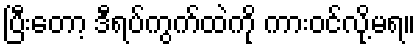
ပြီးတော့ ဒီရပ်ကွက်ထဲကို ကားဝင်လို့မရ။